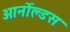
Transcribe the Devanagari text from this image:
आर्नोल्डस